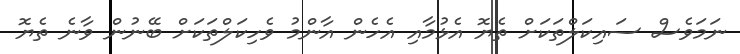
ނަމަވެސް ސައިކަލްތަކަށް ތެޔޮ އެޅުމާއި އެހެން އާންމު ވެހިކަލްތަކަށް ބޭނުން ވާނެ ތެޔޮ